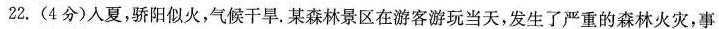
22.(4分)入夏，骄阳似火，气候干旱。某森林景区在游客游玩当天，发生了严重的森林火灾，事